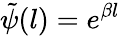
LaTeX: \tilde{\psi}(l)=e^{\beta l}